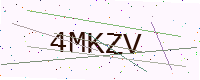
Text: 4MKZV